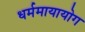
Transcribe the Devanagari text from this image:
धर्ममायायोग